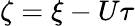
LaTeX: \zeta=\xi-U\tau